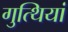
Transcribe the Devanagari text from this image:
गुत्थियां